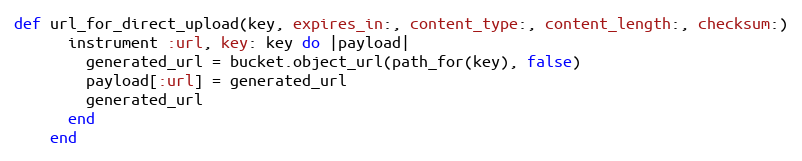
Language: Ruby
def url_for_direct_upload(key, expires_in:, content_type:, content_length:, checksum:)
      instrument :url, key: key do |payload|
        generated_url = bucket.object_url(path_for(key), false)
        payload[:url] = generated_url
        generated_url
      end
    end